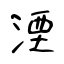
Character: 湮